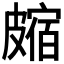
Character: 𥀝